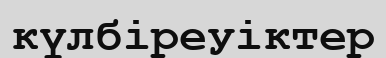
күлбіреуіктер